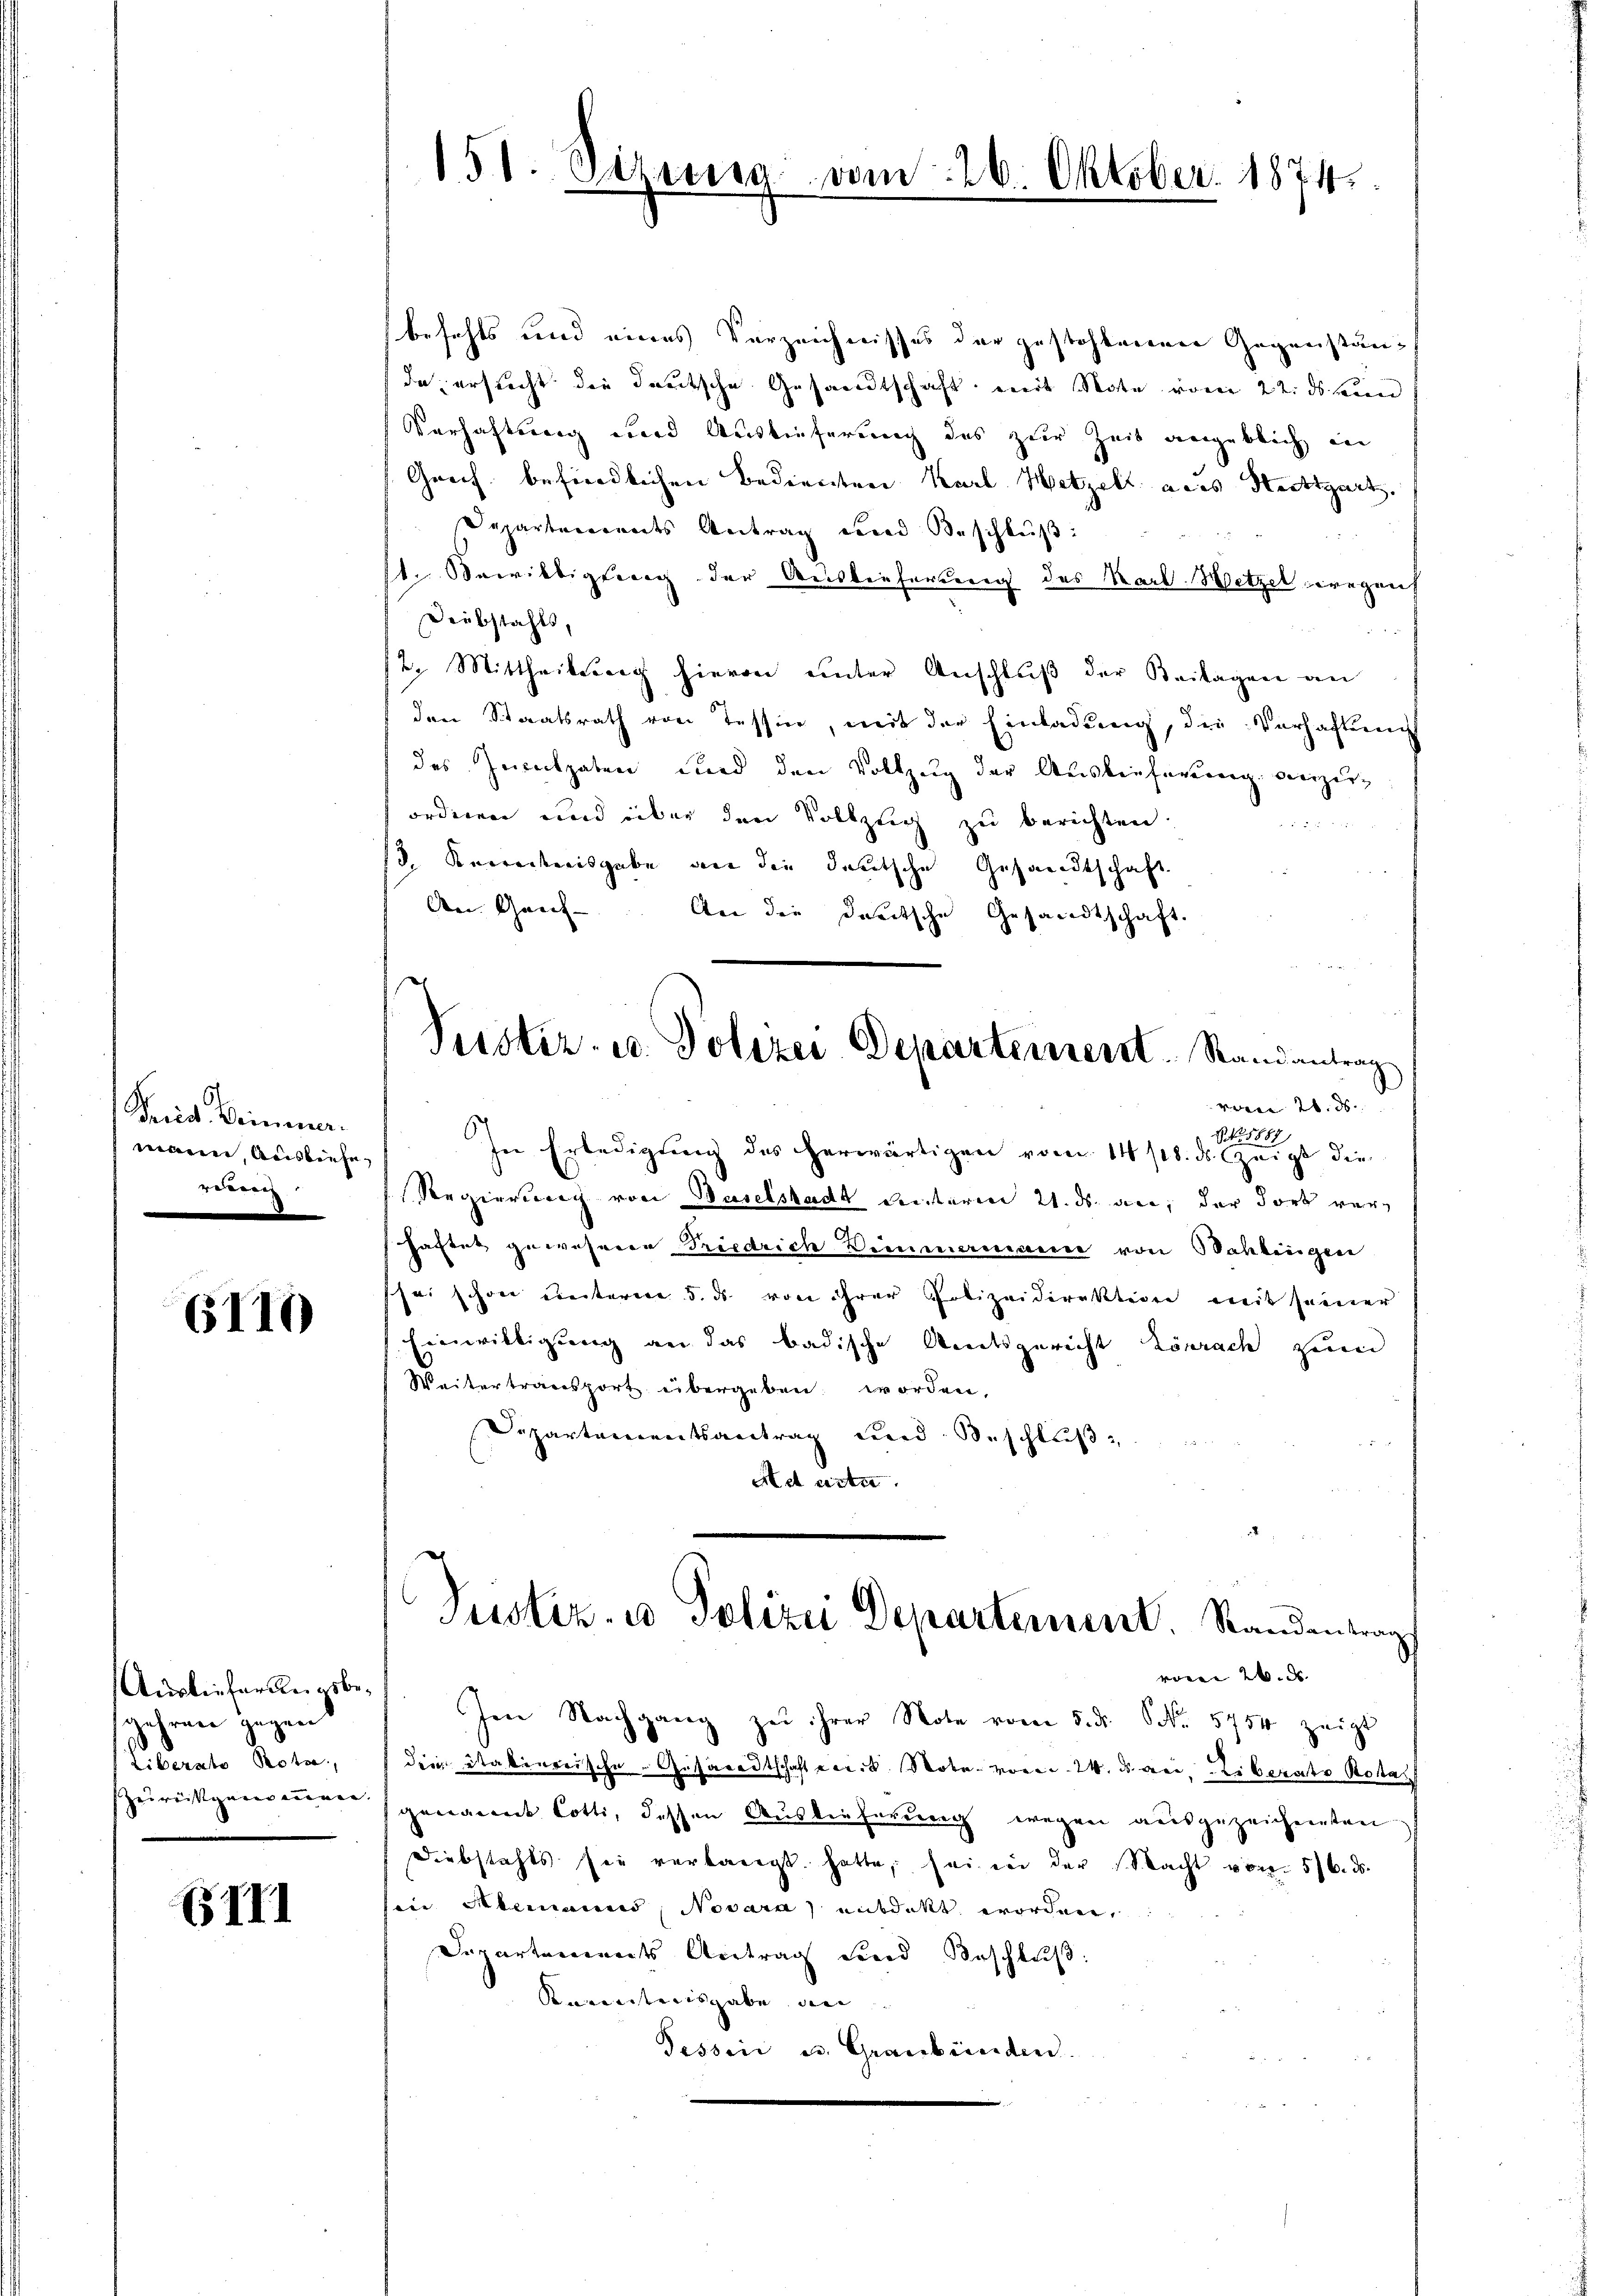
Krid Deinen.
mann, Ausbiehe
rderung
5

6110

Ausliefer Reigsbegehren gegen
Liberate Rota,

(III

151. Sizung

ween

Oktober. 1874.

befehls und eines Verzeichnisses der gestohlenen Gegenstända ersucht die deutsche Gesandtschaft mit Note vom 22. ds kein
Verhaftung und Auslieferung des zur Zeit angeblich in
Greif befindlichen Bedienten Karl Hetzelt aus Nettgart.
Departements Antrag und Beschluß:
st. Bewilligung der Auslieferung des Karl Wetzel wegenh
Diebstahls,
d
2. Mittheilung hievon unter Anschluß der Beilagen an
den Staatsrath von Tessin, mit der Einladung, die Verhaftung
des Inculpaten und den Vollzug der Auslieferung anzuordnen und über den Vollzug zu berichten.
 2 x
/3. Kenntnisgabe an die deutsche Gesandtschaft.
An Genf. An die deutsche Gesandtschaft.

Peister- u. Polizei Departement Randantrag
vom 26. ds.

In Erledigung des herwärtigen vom 14/18. d. legt die
Regierung von Baselstadt Leiteren 21. ds. an, der dort verhaftet gewesenen Friedrich Zimmermanie von Bahlingen
sei schon unterm 5. ds. von ihrer Polizeidirektion weit seiner
Einwilligung an das badische Amtsgericht Lörrach zum
Weitertransport übergeben worden,
Dipartementsantrag und Beschluß
Ad acter

Justiz- u Polizei Departement. Randantrag
vom 26. d.

Im Nachgang zu ihrer Note vom 5. d. Nr. 5754 zeigt
dein Stabenreische Gesandtschaft der Note vom 24. ds. bei Liberats Rota
zereitgeordern genannt Lotti, dessen Auslieferung wegen ausgezeichneten
Diebstahls sei verbarigt hatte, sei in der Nacht von 5/6. ds.
sein Alemanns, Novara) entdeckt worden.
Departements Antrag und Beschluß
Karentenisgabe an
Tessin u. Graubünden.